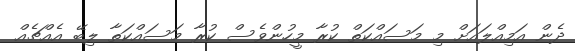
ދެން އަމިއްލައަށް މި މަސައްކަތް ކުރާ މީހުންވެސް ކުރާ މަސައްކަތާ ލިބޭ އެއްޗެއް